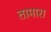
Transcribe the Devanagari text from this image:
तामारा